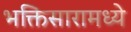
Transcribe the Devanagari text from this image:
भक्तिसारामध्ये